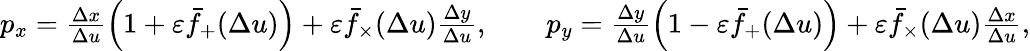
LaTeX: \begin{array}{r}{p_{x}=\frac{\Delta x}{\Delta u}\left(1+\varepsilon\bar{f}_{+}(\Delta u)\right)+\varepsilon\bar{f}_{\times}(\Delta u)\frac{\Delta y}{\Delta u},\qquad p_{y}=\frac{\Delta y}{\Delta u}\left(1-\varepsilon\bar{f}_{+}(\Delta u)\right)+\varepsilon\bar{f}_{\times}(\Delta u)\frac{\Delta x}{\Delta u},}\end{array}